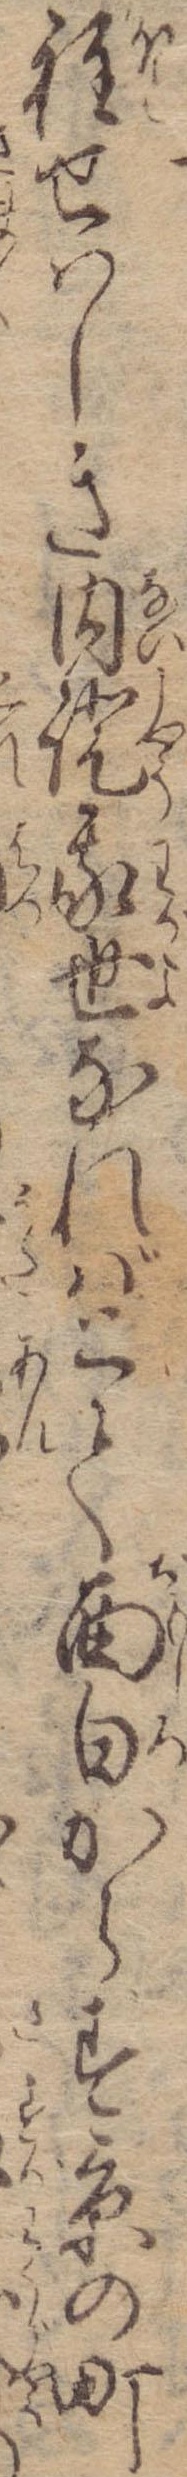
程せはしき内証我世なればとて面白からず京の町